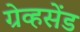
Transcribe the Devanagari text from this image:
ग्रेव्हसेंड